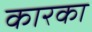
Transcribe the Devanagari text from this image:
कारका